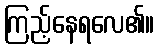
ကြည့်နေရလေ၏။